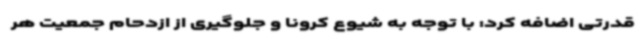
قدرتی اضافه کرد: با توجه به شیوع کرونا و جلوگیری از ازدحام جمعیت هر